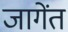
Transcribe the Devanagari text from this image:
जागेंत